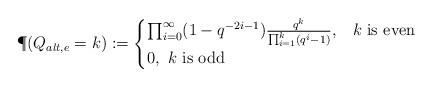
LaTeX: \begin{align*}\P(Q_{alt,e} = k):= \begin{cases}\prod_{i=0}^\infty (1 -q^{-2i-1}) \frac{q^k}{\prod_{i=1}^k (q^i-1)}, & \mbox{$k$ is even}\\ 0, \mbox{ $k$ is odd}\end{cases}\end{align*}